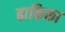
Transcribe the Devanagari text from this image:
ढाकिका